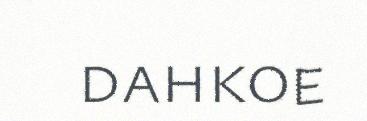
dahkoe